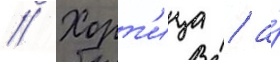
// Хорт'ица / а́